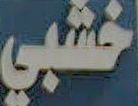
خشبي